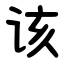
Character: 该